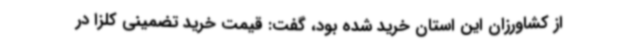
از کشاورزان این استان خرید شده بود، گفت: قیمت خرید تضمینی کلزا در